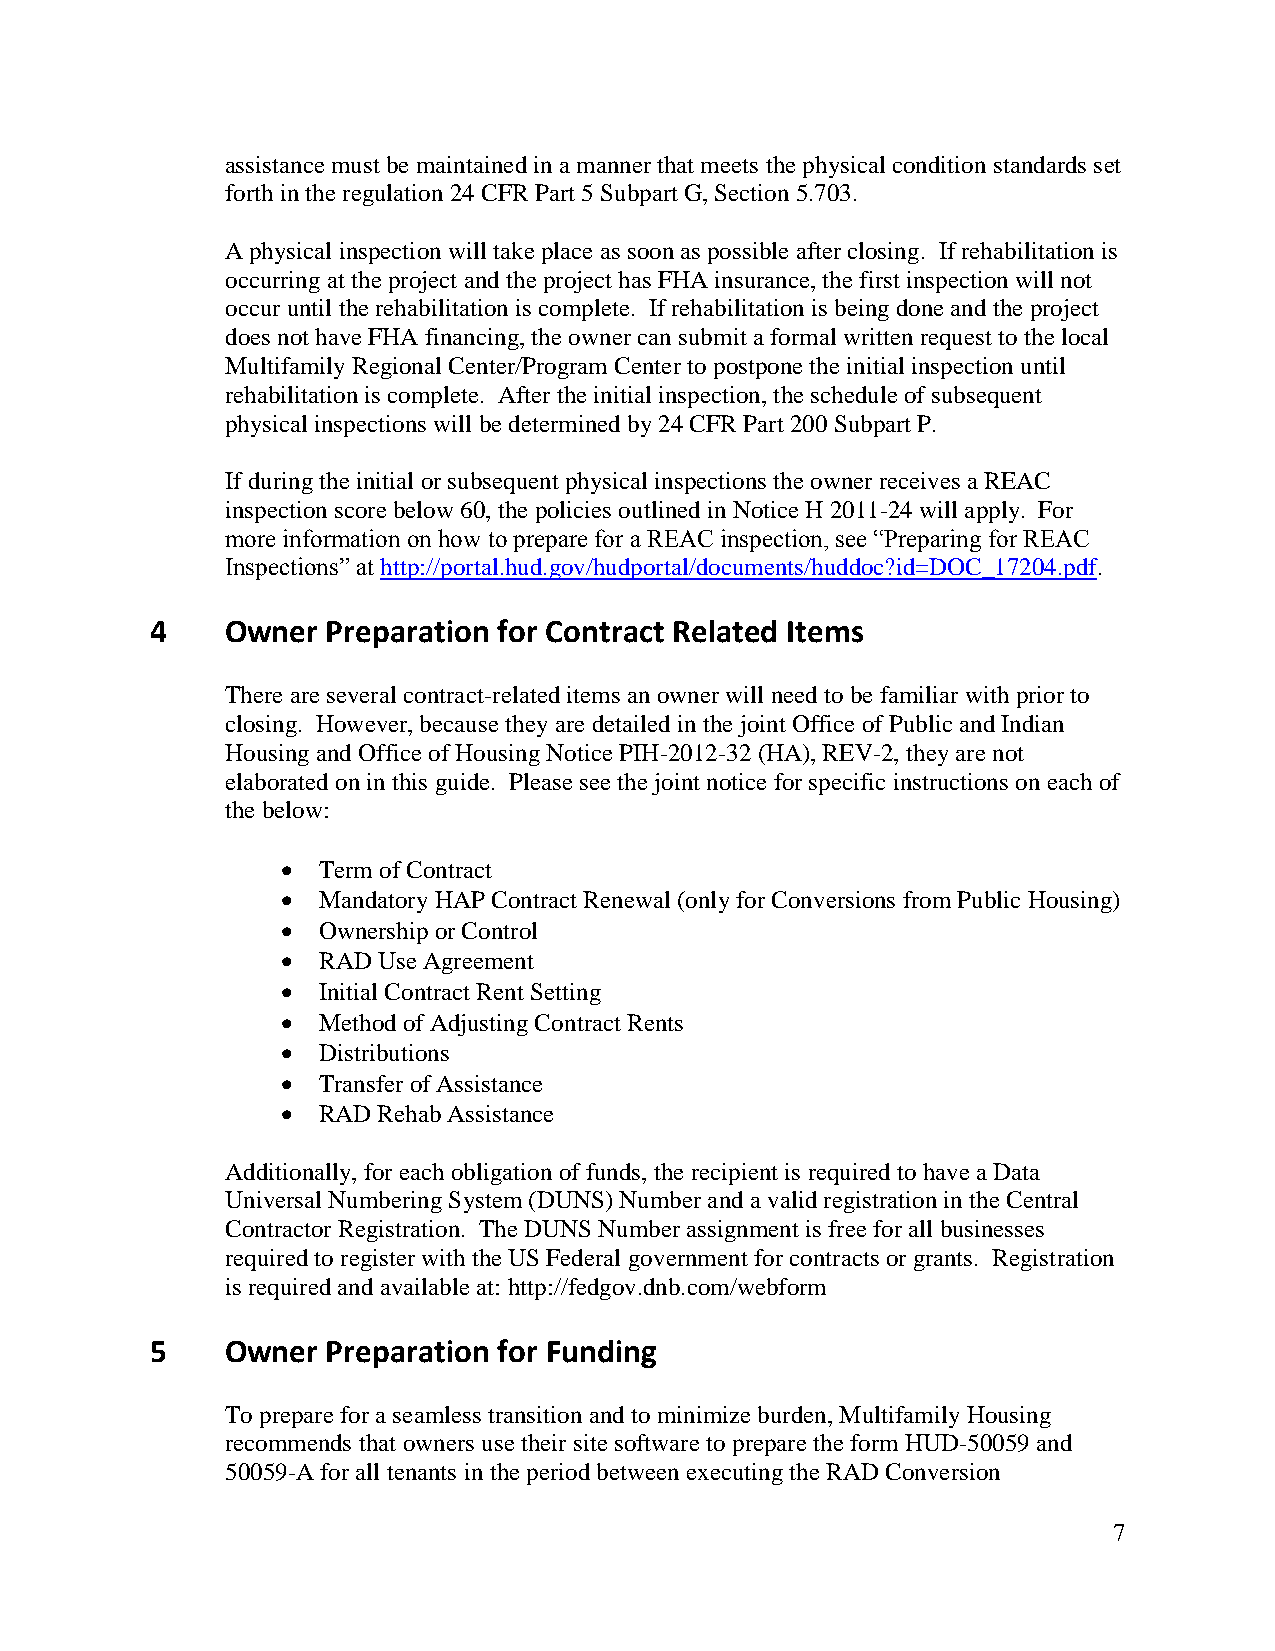
assistance must be maintained in a manner that meets the physical condition standards set
 forth in the regulation 24 CFR Part 5 Subpart G, Section 5.703.
 A physical inspection will take place as soon as possible after closing. If rehabilitation is
 occurring at the project and the project has FHA insurance, the first inspection will not
 occur until the rehabilitation is complete. If rehabilitation is being done and the project
 does not have FHA financing, the owner can submit a formal written request to the local
 Multifamily Regional Center/Program Center to postpone the initial inspection until
 rehabilitation is complete. After the initial inspection, the schedule of subsequent
 physical inspections will be determined by 24 CFR Part 200 Subpart P.
 If during the initial or subsequent physical inspections the owner receives a REAC
 inspection score below 60, the policies outlined in Notice H 2011-24 will apply. For
 more information on how to prepare for a REAC inspection, see “Preparing for REAC
 Inspections” at http://portal.hud.gov/hudportal/documents/huddoc?id=DOC_17204.pdf.
 4    Owner  Preparation for Contract Related Items
 There are several contract-related items an owner will need to be familiar with prior to
 closing. However, because they are detailed in the joint Office of Public and Indian
 Housing and Office of Housing Notice PIH-2012-32 (HA), REV-2, they are not
 elaborated on in this guide. Please see the joint notice for specific instructions on each of
 the below:
  Term of Contract
  Mandatory HAP Contract Renewal (only for Conversions from Public Housing)
  Ownership or Control
  RAD Use Agreement
  Initial Contract Rent Setting
  Method of Adjusting Contract Rents
  Distributions
  Transfer of Assistance
  RAD Rehab Assistance
 Additionally, for each obligation of funds, the recipient is required to have a Data
 Universal Numbering System (DUNS) Number and a valid registration in the Central
 Contractor Registration. The DUNS Number assignment is free for all businesses
 required to register with the US Federal government for contracts or grants. Registration
 is required and available at: http://fedgov.dnb.com/webform
 5    Owner  Preparation for Funding
 To prepare for a seamless transition and to minimize burden, Multifamily Housing
 recommends that owners use their site software to prepare the form HUD-50059 and
 50059-A for all tenants in the period between executing the RAD Conversion
 7